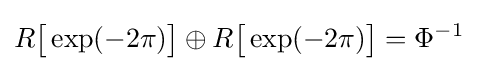
R{\bigl [}\exp(-2\pi ){\bigr ]}\oplus R{\bigl [}\exp(-2\pi ){\bigr ]}=\Phi ^{-1}